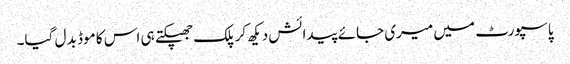
پاسپورٹ میں میری جائے پیدائش دیکھ کر پلک جھپکتے ہی اس کا موڈ بد ل گیا۔